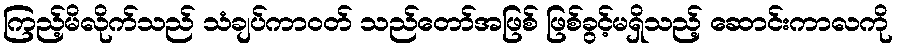
ကြည့်မိလိုက်သည် သံချပ်ကာဝတ် သည်တော်အဖြစ် ဖြစ်ခွင့်မရှိသည့် ဆောင်းကာလကို